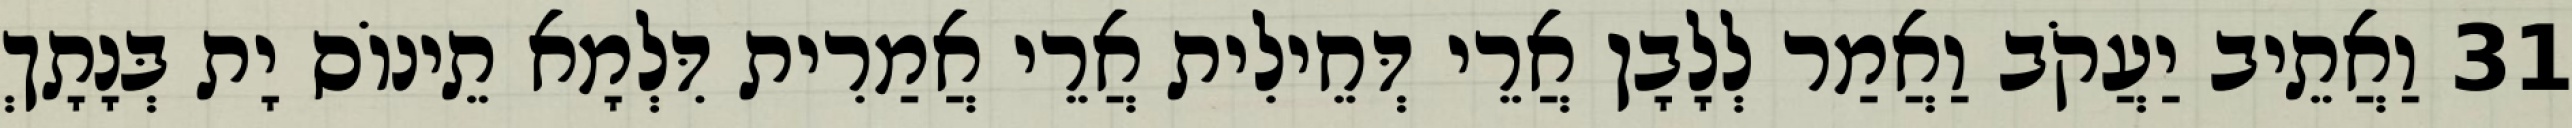
31 וַאֲתֵיב יַעֲקֹב וַאֲמַר לְלָבָן אֲרֵי דְּחֵילִית אֲרֵי אֲמַרִית דִּלְמָא תֵינוֹס יָת בְּנָתָךְ